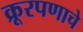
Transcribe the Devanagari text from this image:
क्रूरपणाचे